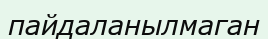
пайдаланылмаган